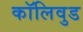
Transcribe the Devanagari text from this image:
कॉलिवुड